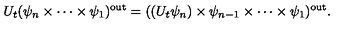
U _ { t } ( \psi _ { n } \times \cdots \times \psi _ { 1 } ) ^ { \mathrm { o u t } } = ( ( U _ { t } \psi _ { n } ) \times \psi _ { n - 1 } \times \cdots \times \psi _ { 1 } ) ^ { \mathrm { o u t } } .